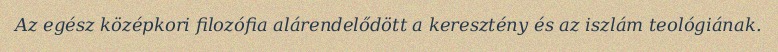
Az egész középkori filozófia alárendelődött a keresztény és az iszlám teológiának.